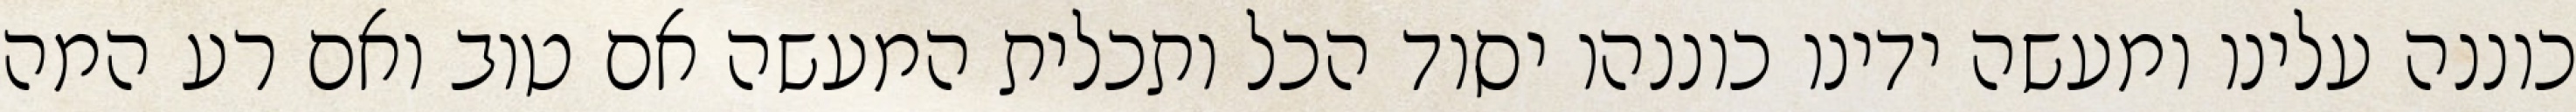
כוננה עלינו ומעשה ידינו כוננהו יסוד הכל ותכלית המעשה אם טוב ואם רע המה